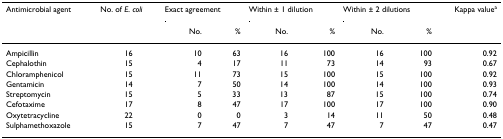
| Antimicrobial agent | No. of E. coli | <COLSPAN=2> Exact agreement | <COLSPAN=2> Within ± 1 dilution | <COLSPAN=2> Within ± 2 dilutions | Kappa valuea |
 |  |  | No. | % | No. | % | No. | % |  |
 | --- | --- | --- | --- | --- | --- | --- | --- | --- |
 | Ampicillin | 16 | 10 | 63 | 16 | 100 | 16 | 100 | 0.92 |
 | Cephalothin | 15 | 4 | 17 | 11 | 73 | 14 | 93 | 0.67 |
 | Chloramphenicol | 15 | 11 | 73 | 15 | 100 | 15 | 100 | 0.92 |
 | Gentamicin | 14 | 7 | 50 | 14 | 100 | 14 | 100 | 0.93 |
 | Streptomycin | 15 | 5 | 33 | 13 | 87 | 15 | 100 | 0.74 |
 | Cefotaxime | 17 | 8 | 47 | 17 | 100 | 17 | 100 | 0.90 |
 | Oxytetracycline | 22 | 0 | 0 | 3 | 14 | 11 | 50 | 0.48 |
 | Sulphamethoxazole | 15 | 7 | 47 | 7 | 47 | 7 | 47 | 0.47 |